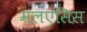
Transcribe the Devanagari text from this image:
मलएंसिस